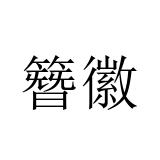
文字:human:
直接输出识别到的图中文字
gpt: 簪徽